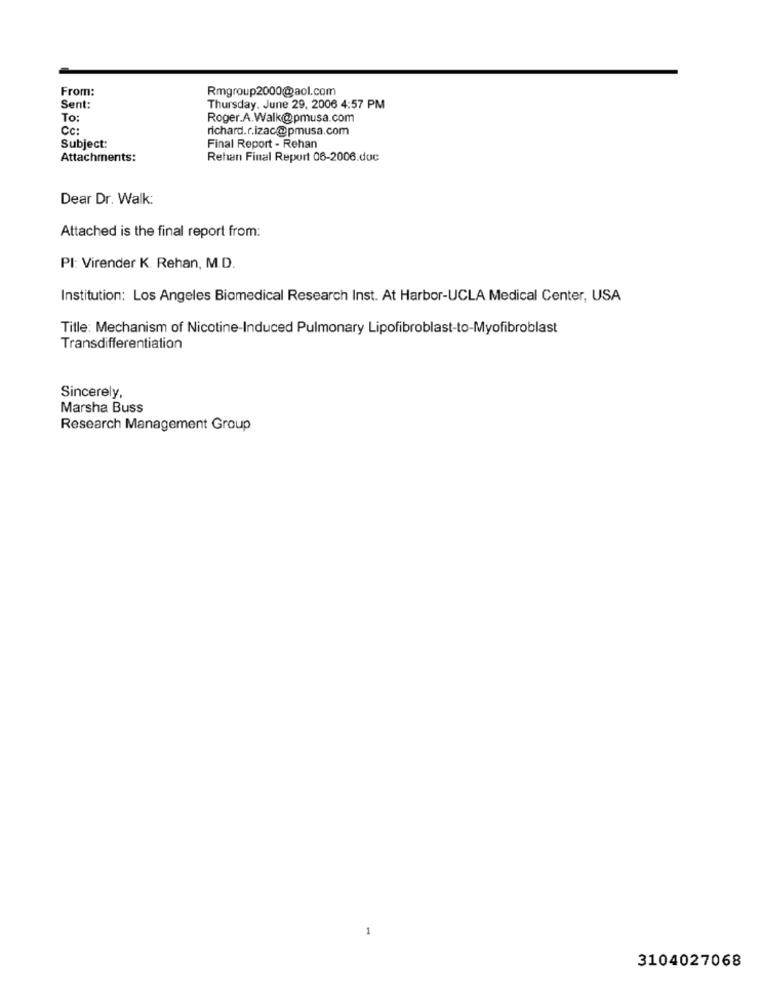
From:
Rmgroup2000@aol.com
Sent:
Thursday, June 29, 2006 4:57 PM
To:
Roger.A.Walk@pmusa.com
Cc:
richard.r.izac@pmusa.com
Subject:
Final Report - Rehan
Attachments:
Rehan Final Report 06-2006.doc
Dear Dr. Walk:
Attached is the final report from:
Pl: Virender K. Rehan, M.D.
Institution: Los Angeles Biomedical Research Inst. At Harbor-UCLA Medical Center, USA
Title: Mechanism of Nicotine-Induced Pulmonary Lipofibroblast-to-Myofibroblast
Transdifferentiation
Sincerely,
Marsha Buss
Research Management Group
3104027068